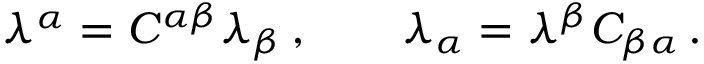
\lambda ^ { \alpha } = { \cal C } ^ { \alpha \beta } \lambda _ { \beta } \, , \qquad \lambda _ { \alpha } = \lambda ^ { \beta } { \cal C } _ { \beta \alpha } \, .